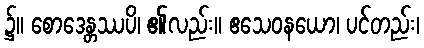
၌။ စောဒေန္တဿပိ၊ ၏လည်း။ ဧသေဝနယော၊ ပင်တည်း၊